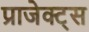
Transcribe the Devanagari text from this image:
प्राजेक्ट्स